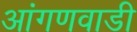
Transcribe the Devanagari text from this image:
आंगणवाडी